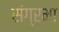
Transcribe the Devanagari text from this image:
संग्रमा